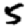
Digit: 5